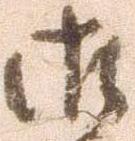
御